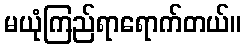
မယုံကြည်ရာရောက်တယ်။